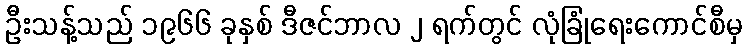
ဦးသန့်သည် ၁၉၆၆ ခုနှစ် ဒီဇင်ဘာလ ၂ ရက်တွင် လုံခြုံရေးကောင်စီမှ